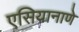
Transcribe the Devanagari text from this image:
एसियानाणे